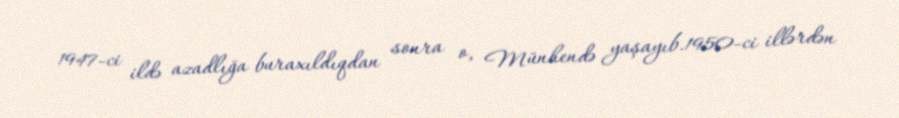
1947-ci ildə azadlığa buraxıldıqdan sonra o, Münhendə yaşayıb.1950-ci illərdən